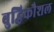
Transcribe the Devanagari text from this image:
बुद्धिकौशल